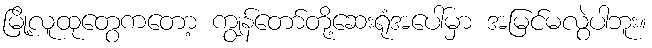
မြို့လူထုတွေကတော့ ကျွန်တော်တို့ဆေးရုံအပေါ်မှာ အမြင်မလွဲပါဘူး။